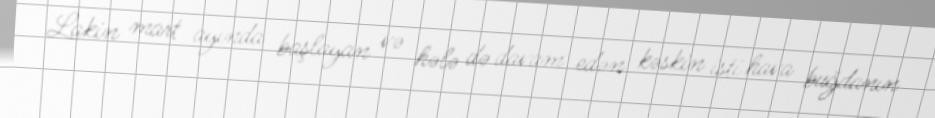
Lakin mart ayında başlayan və hələ də davam edən kəskin isti hava buğdanın